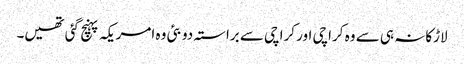
لاڑکانہ ہی سے وہ کراچی اور کراچی سے براستہ دوبئی وہ امریکہ پہنچ گئی تھیں۔